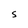
Character: S